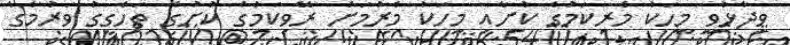
ވިދާޅުވީ މީހަކު މެރިކަމުގެ ކުށާއި މީހަކު މެރުމަށް ރޭވިކަމުގެ ކުށުގެ ތަހްގީގު ވަރުމާގެ